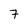
Character: 7